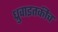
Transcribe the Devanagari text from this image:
ध्रुवाइतकीच